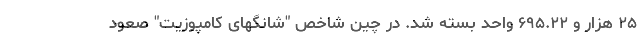
۲۵ هزار و ۶۹۵.۲۲ واحد بسته شد. در چین شاخص "شانگهای کامپوزیت" صعود